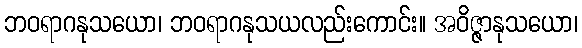
ဘဝရာဂနုသယော၊ ဘဝရာဂနုသယလည်းကောင်း။ အဝိဇ္ဇာနုသယော၊